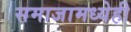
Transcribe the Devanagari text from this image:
समाजामध्येही